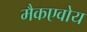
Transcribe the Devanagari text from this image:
मैकएवोय